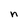
Character: n